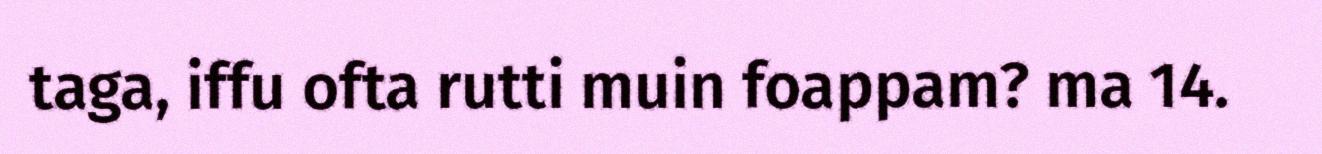
taga, iffu ofta rutti muin foappam? ma 14.